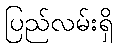
ပြည်လမ်းရှိ